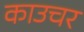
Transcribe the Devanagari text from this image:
काउचर